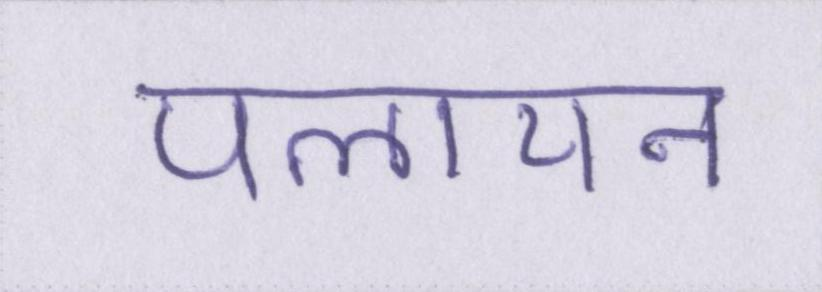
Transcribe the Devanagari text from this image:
पलायन